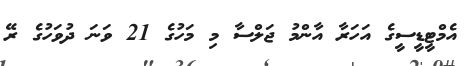
އެމްޓީޑީސީގެ އަހަރާ އާންމު ޖަލްސާ މި މަހުގެ 21 ވަނަ ދުވަހުގެ ރޭ